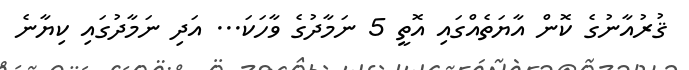
ޤުރުއާނުގެ ކޮން އާޔަތެއްގައި އޮތީ 5 ނަމާދުގެ ވާހަކަ... އަދި ނަމާދުގައި ކިޔާނެ